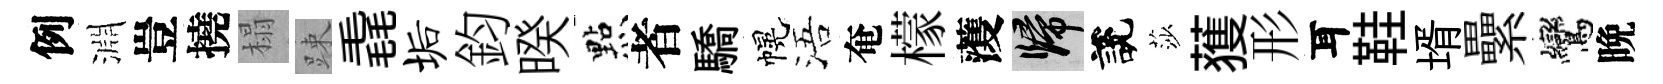
例淵豈撓榻踈毳垢鈞暌㸃者驕幌浯奄檬𮑮歸說莎𫉬形耳鞋壻纍鸞晩